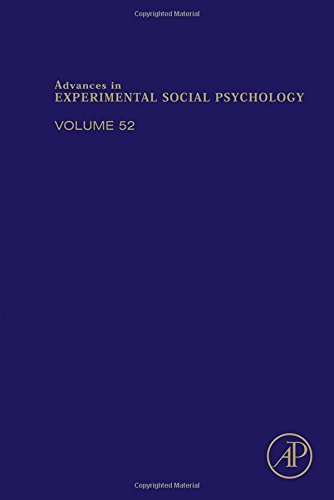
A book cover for Advances in Experimental Social Psychology, Volume 52; Mark P. Zanna; Medical Books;